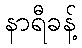
နာရီခန့်